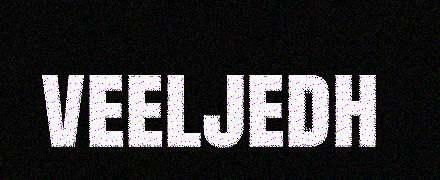
veeljedh